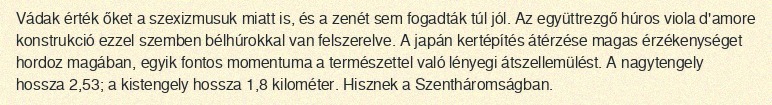
Vádak érték őket a szexizmusuk miatt is, és a zenét sem fogadták túl jól. Az együttrezgő húros viola d'amore konstrukció ezzel szemben bélhúrokkal van felszerelve. A japán kertépítés átérzése magas érzékenységet hordoz magában, egyik fontos momentuma a természettel való lényegi átszellemülést. A nagytengely hossza 2,53; a kistengely hossza 1,8 kilométer. Hisznek a Szentháromságban.